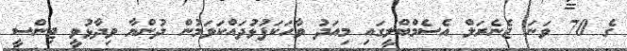
ގެ 70 ވަނަ ޖެނެރަލް އެސެމްބްލީގައި މިއަދު ވާހަކަފުޅުދައްކަވަމުން ދުންޔާ ވިދާޅުވީ ޖިންސީ